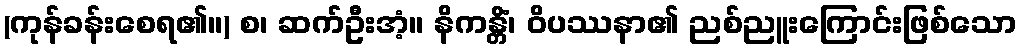
(ကုန်ခန်းစေရ၏။) စ၊ ဆက်ဦးအံ့။ နိကန္တိံ၊ ဝိပဿနာ၏ ညစ်ညူးကြောင်းဖြစ်သော